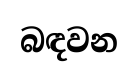
බඳවන